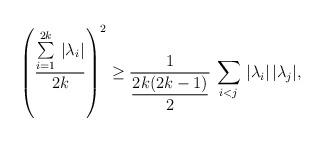
LaTeX: \begin{align*}\left(\frac{\sum\limits^{2k}_{i=1}\,|\lambda_i|}{2k}\right)^2\geq \frac{1}{\displaystyle{\frac{2k(2k-1)}{2}}}\,\sum\limits_{i<j}\,|\lambda_i|\,|\lambda_j|,\end{align*}